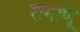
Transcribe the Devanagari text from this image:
रोगाणू